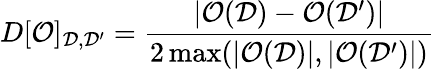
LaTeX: D[\mathcal{O}]_{\mathcal{D},\mathcal{D^{\prime}}}=\frac{|\mathcal{O}(\mathcal{D})-\mathcal{O}(\mathcal{D^{\prime}})|}{2\operatorname*{max}(|\mathcal{O}(\mathcal{D})|,|\mathcal{O}(\mathcal{D^{\prime}})|)}